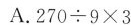
A.$$2 7 0 \div 9 \times 3$$